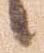
候